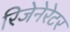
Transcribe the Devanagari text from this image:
रिजेनेरेटर